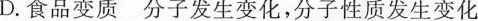
D.食品变质 分子发生变化，分子性质发生变化